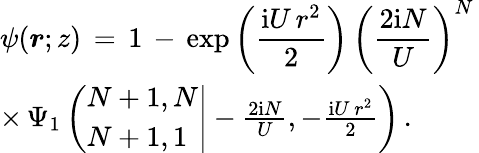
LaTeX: \begin{array}{l}{\displaystyle\psi(\boldsymbol{r};z)\, =\, 1\, -\, \exp\left(\frac{\mathrm{i}U\, r^{2}}2\right)\, \left(\frac{2\mathrm{i}N}U\right)^{N}\, }\\ {\times\, \Psi_{1}\left(\left.\begin{array}{l}{N+1,N}\\ {N+1,1}\end{array}\right|-\frac{2\mathrm{i}N}U,-\frac{\mathrm{i}U\, r^{2}}2\right)\, .}\end{array}